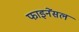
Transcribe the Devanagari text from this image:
फाइनेंसल